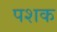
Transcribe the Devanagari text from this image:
पशक